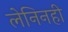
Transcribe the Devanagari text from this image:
लेनिनही